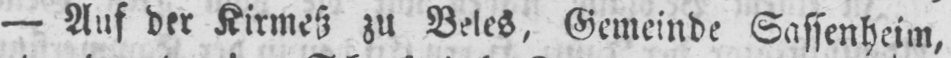
- Auf der Kirmeß zu Beles, Gemeinde Sassenheim,